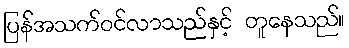
ပြန်အသက်ဝင်လာသည်နှင့် တူနေသည်။